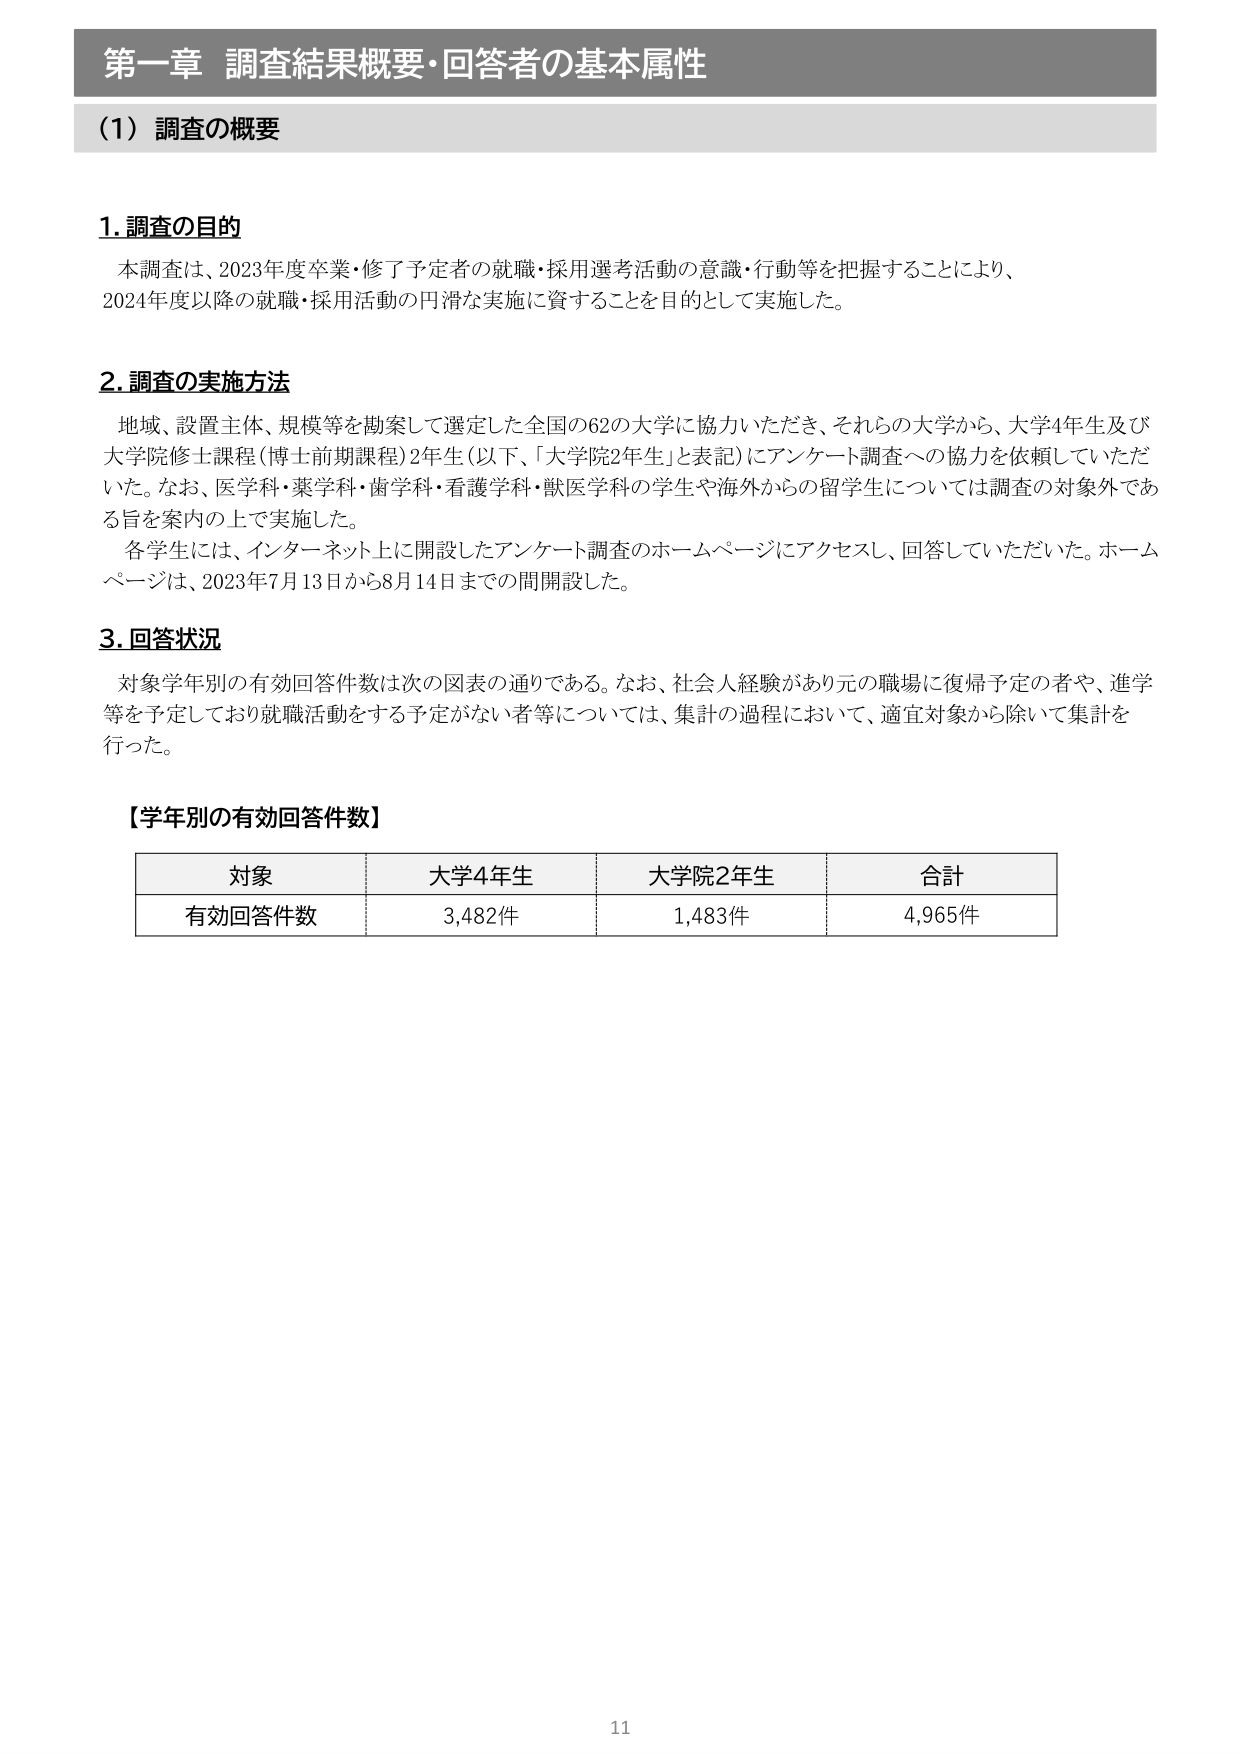
第一章 調査結果概要・回答者の基本属性

(1) 調査の概要

1. 調査の目的
本調査は、2023年度卒業・修了予定者の就職・採用選考活動の意識・行動等を把握することにより、
2024年度以降の就職・採用活動の円滑な実施に資することを目的として実施した。

2. 調査の実施方法
地域、設置主体、規模等を勘案して選定した全国の62の大学に協力いただき、それらの大学から、大学4年生及び
大学院修士課程（博士前期課程）2年生（以下、「大学院2年生」と表記）にアンケート調査への協力を依頼していただ
いた。なお、医学科・薬学科・歯学科・看護学科・獣医学科の学生や海外からの留学生については調査の対象外であ
る旨を案内の上で実施した。
各学生には、インターネット上に開設したアンケート調査のホームページにアクセスし、回答していただいた。ホーム
ページは、2023年7月13日から8月14日までの間開設した。

3. 回答状況
対象学年別の有効回答件数は次の図表の通りである。なお、社会人経験があり元の職場に復帰予定の者や、進学
等を予定しており就職活動をする予定がない者等については、集計の過程において、適宜対象から除いて集計を
行った。

【学年別の有効回答件数】

対象　　　　　大学4年生　　　　大学院2年生　　　　合計
有効回答件数　3,482件　　　　　1,483件　　　　　　4,965件

11